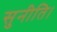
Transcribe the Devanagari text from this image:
सुनीति।